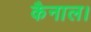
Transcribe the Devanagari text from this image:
कैनाल।